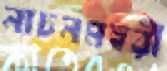
নাচনমহুরী